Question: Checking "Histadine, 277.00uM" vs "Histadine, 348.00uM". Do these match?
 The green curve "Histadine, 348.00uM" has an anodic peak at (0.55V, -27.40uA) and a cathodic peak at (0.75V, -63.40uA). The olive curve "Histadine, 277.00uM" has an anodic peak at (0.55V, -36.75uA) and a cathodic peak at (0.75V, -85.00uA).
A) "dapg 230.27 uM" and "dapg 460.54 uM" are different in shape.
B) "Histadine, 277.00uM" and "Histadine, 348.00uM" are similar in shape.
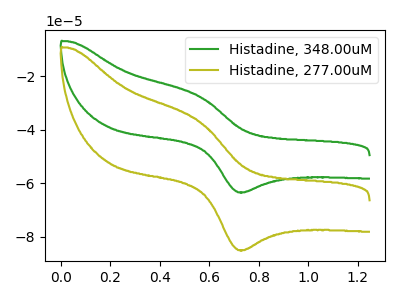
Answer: <think>All the peaks in "Histadine, 277.00uM" have a peak in "Histadine, 348.00uM" at the same potential.
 </think>
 <answer>B) "Histadine, 277.00uM" and "Histadine, 348.00uM" are similar in shape.</answer>
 <eval>B</eval>